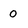
Character: 0